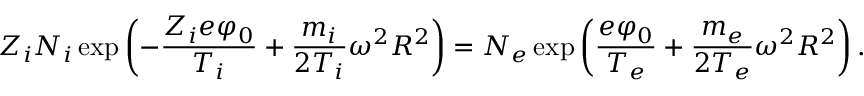
Z _ { i } N _ { i } \exp \left( - \frac { Z _ { i } e \varphi _ { 0 } } { T _ { i } } + \frac { m _ { i } } { 2 T _ { i } } \omega ^ { 2 } R ^ { 2 } \right) = N _ { e } \exp \left( \frac { e \varphi _ { 0 } } { T _ { e } } + \frac { m _ { e } } { 2 T _ { e } } \omega ^ { 2 } R ^ { 2 } \right) .